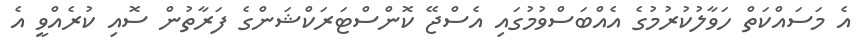
އެ މަސައްކަތް ހަވާލުކުރުމުގެ އެއްބަސްވުމުގައި އެސްޖޭ ކޮންސްޓަރަކްޝަންގެ ފަރާތުން ސޮއި ކުރެއްވީ އެ